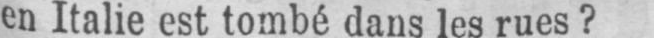
en Italie est tombé dans les rues?